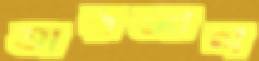
তারজাল